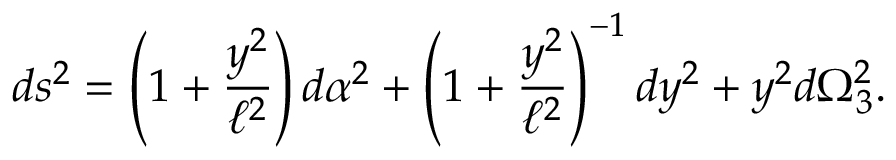
d s ^ { 2 } = \left( 1 + \frac { y ^ { 2 } } { \ell ^ { 2 } } \right) d \alpha ^ { 2 } + \left( 1 + \frac { y ^ { 2 } } { \ell ^ { 2 } } \right) ^ { - 1 } d y ^ { 2 } + y ^ { 2 } d \Omega _ { 3 } ^ { 2 } .